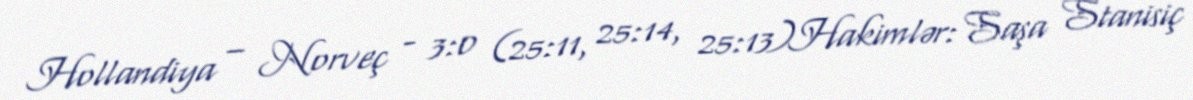
Hollandiya – Norveç - 3:0 (25:11, 25:14, 25:13)Hakimlər: Saşa Stanisiç